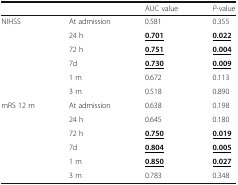
|  |  | AUC value | P-value |
 | --- | --- | --- | --- |
 | <ROWSPAN=6> NIHSS | At admission | 0.581 | 0.355 |
 | 24 h | <underline>0.701</underline> | <underline>0.022</underline> |
 | 72 h | <underline>0.751</underline> | <underline>0.004</underline> |
 | 7d | <underline>0.730</underline> | <underline>0.009</underline> |
 | 1 m | 0.672 | 0.113 |
 | 3 m | 0.518 | 0.890 |
 | <ROWSPAN=6> mRS 12 m | At admission | 0.638 | 0.198 |
 | 24 h | 0.645 | 0.180 |
 | 72 h | <underline>0.750</underline> | <underline>0.019</underline> |
 | 7d | <underline>0.804</underline> | <underline>0.005</underline> |
 | 1 m | <underline>0.850</underline> | <underline>0.027</underline> |
 | 3 m | 0.783 | 0.348 |